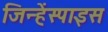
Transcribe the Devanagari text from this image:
जिन्हेंस्पाइस